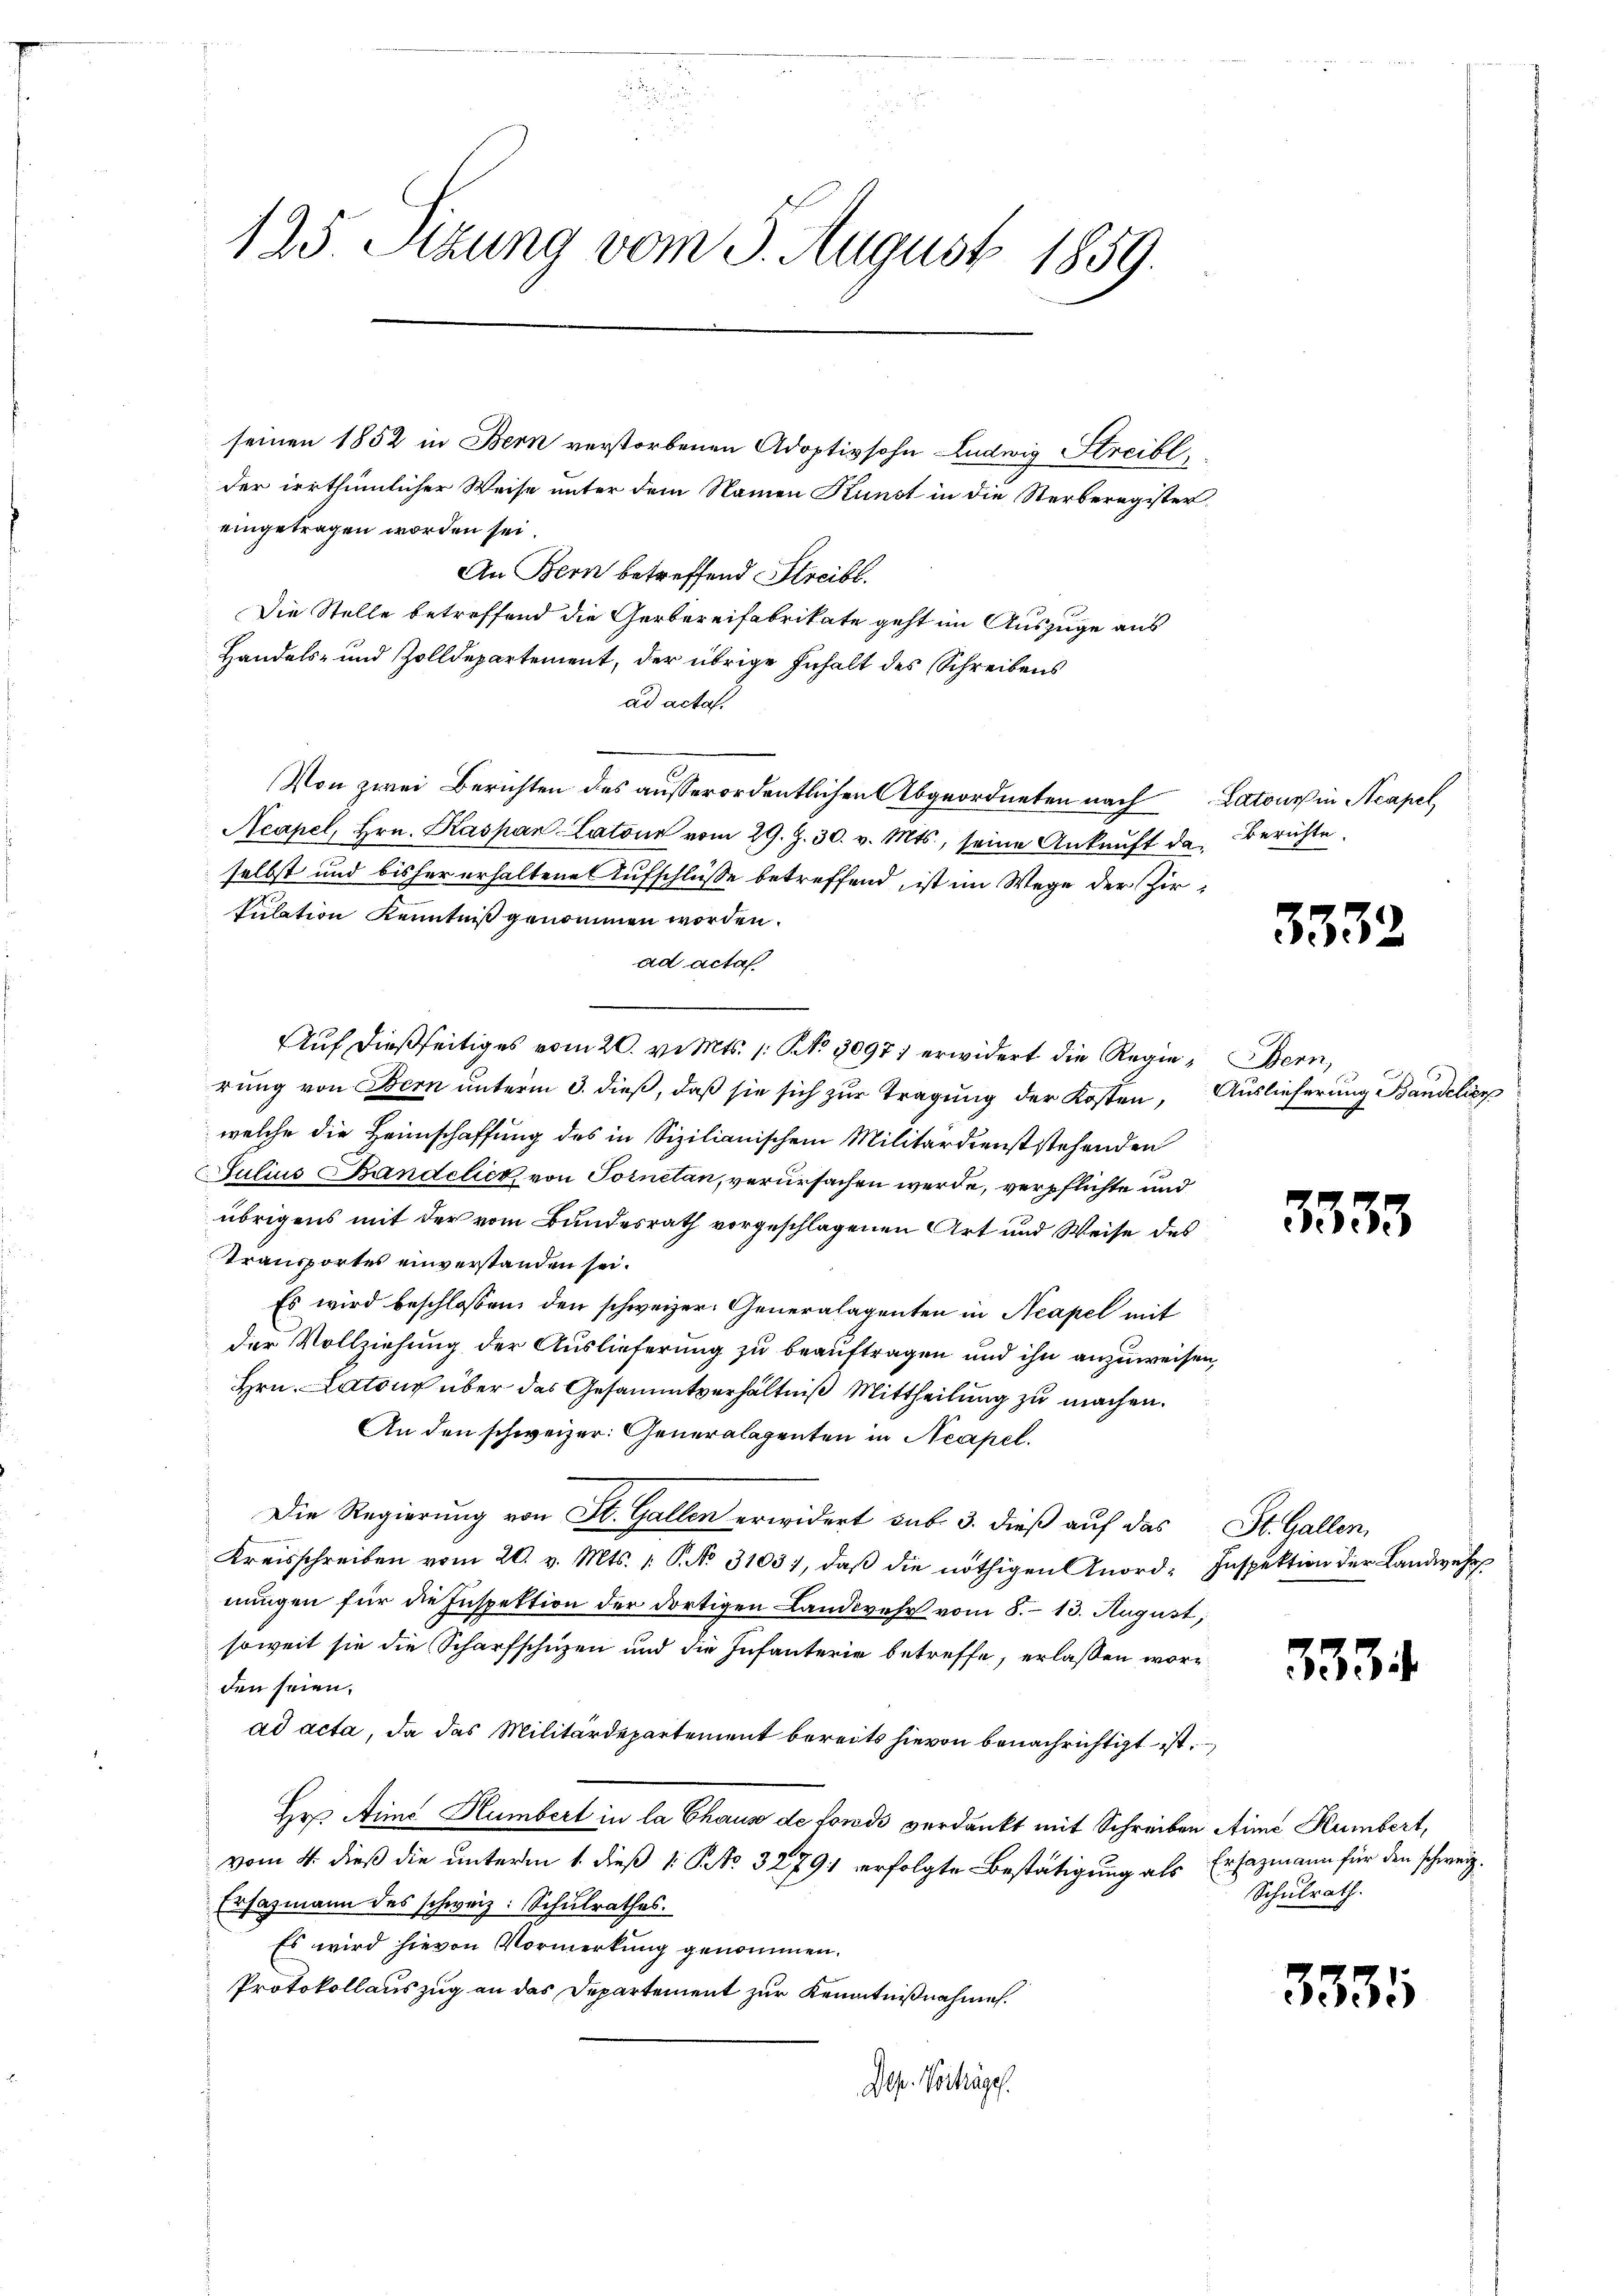
125. Sitzung vom 3. August 1859.

der irrthümlicher Weise unter dem Namen Kunst in die Sterberegister,
eingetragen worden sei.
An Bern betreffend Streibt.
Die Stelle betreffend die Gerbereifabrikate geht im Auszüge aus
Handels- und Zolldepartement, der übrige Inhalt des Schreibens
ad acta.
Von zwei Berichten des außerordentlichen Abgeordneten nach Latons in Acapel,
Neapel, Hrn. Kaspar Latone vom 29. Z. 30. v. Mts., seine Ankunft da. Berichte
selbst und bisher erhaltene Aufschlüße betreffend, ist im Wege der Zirsulation Kenntniß genommen worden.
ad acta
Aŭf dießseitiges vom 20. v. Mts. 1. No. 2097 ; erwidert die Regie- Bern,
rung von Bern unterm 3. dieß, daß sie sich zur Tragung der Kosten, Auslieferung Bandelior
welche die Heimschaffung des in Sizilianischem Militärdienststehenden
Julius Bandelick, von Tornetan, verursachen werde, verpflichte und
übrigens mit der vom Bundesrath vorgeschlagenen Art und Weise des
Transportes einverstanden sei.
Es wird beschlossen, den schweizer. Generalagenten in Neapel mit
der Vollziehung der Auslieferung zu beauftragen und ihn anzuweisen,
Hrn. Latons über das Gesammtverhältniß Mittheilung zu machen.
An den schweizer. Generalagenten in Neapel.
Die Regierung von St. Gallen erwidert sub 3. dieß auf das St. Gallen,
Kreisschreiben vom 20. v. Mts. 1. P. No 3103), daβ die nöthigen Anord-Inspektion der Landwehr
nungen für die Inspektion der dortigen Landwehr vom 8. 13. August,
soweit sie die Scharfschuzen und die Infanterie betreffe, erlassen worden seien.
ad acta, da das Militärdepartement bereits hievon benachrichtigt ist.
Hr Aimo Humbert in la Chaus de fonds verdankt mit Schreiben Arme Kümbert,
vom 4. dieß die unterm 1. dieß 1. No. 32791 erfolgte Bestätigung als Ersazmann für den schweiz.
Ersazmann des schweiz. Schulrathes.
Es wird hievon Vormerkung genommen.
Protokollauszug an das Departement zur Kenntnißnahme.
Dep. Vorkage.

seinen 1852 in Bern verstorbenen Adoptivsohn Ludwig Streibl

33.

3533

333

Schulrath.

3385